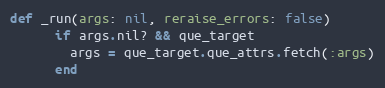
Language: Ruby
def _run(args: nil, reraise_errors: false)
      if args.nil? && que_target
        args = que_target.que_attrs.fetch(:args)
      end